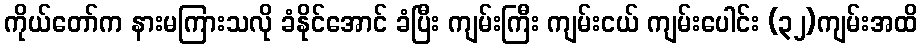
ကိုယ်တော်က နားမကြားသလို ခံနိုင်အောင် ခံပြီး ကျမ်းကြီး ကျမ်းငယ် ကျမ်းပေါင်း (၃၂)ကျမ်းအထိ